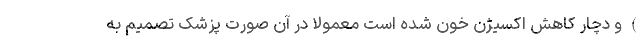
) و دچار کاهش اکسیژن خون شده است معمولاً در آن صورت پزشک تصمیم به